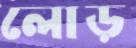
লোড়